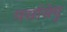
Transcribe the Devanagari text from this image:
पर्यायेषु